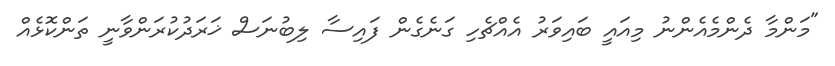
"މަންމާ ދެންމެއެންނު މިއައީ ބައިވަރު އެއްޗެހި ގަނެގެން ފައިސާ ލިބުނަސް ޚަރަދުކުރަންވާނީ ތަންކޮޅެއް